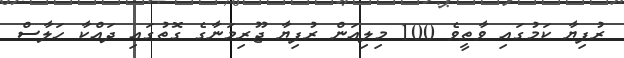
ރުފިޔާ ކަމުގައި ވާތީވެ 100 މިލިއަން ރުފިޔާ ޖޫރިމަނާގެ ގޮތުގައި ދައްކާ ހަލާސް